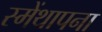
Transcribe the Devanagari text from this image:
स्मेंथापना